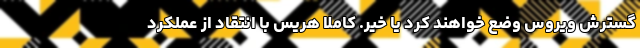
گسترش ویروس وضع خواهند کرد یا خیر. کاملا هریس با انتقاد از عملکرد